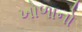
ખોળાનો